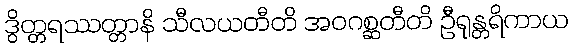
ဒွိတ္တရဿတ္တာနိ သီလယတီတိ အဝဂစ္ဆတီတိ ဦရုန္တရိကာယ